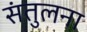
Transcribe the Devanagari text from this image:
संतुलना